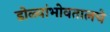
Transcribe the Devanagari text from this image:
डोळ्यांभोवतालचे